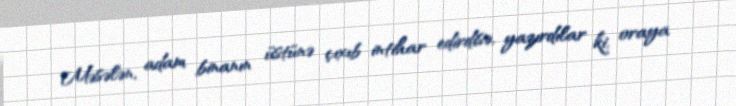
Məsələn, adam binanın üstünə çıxıb intihar edirdisə, yazırdılar ki, oraya